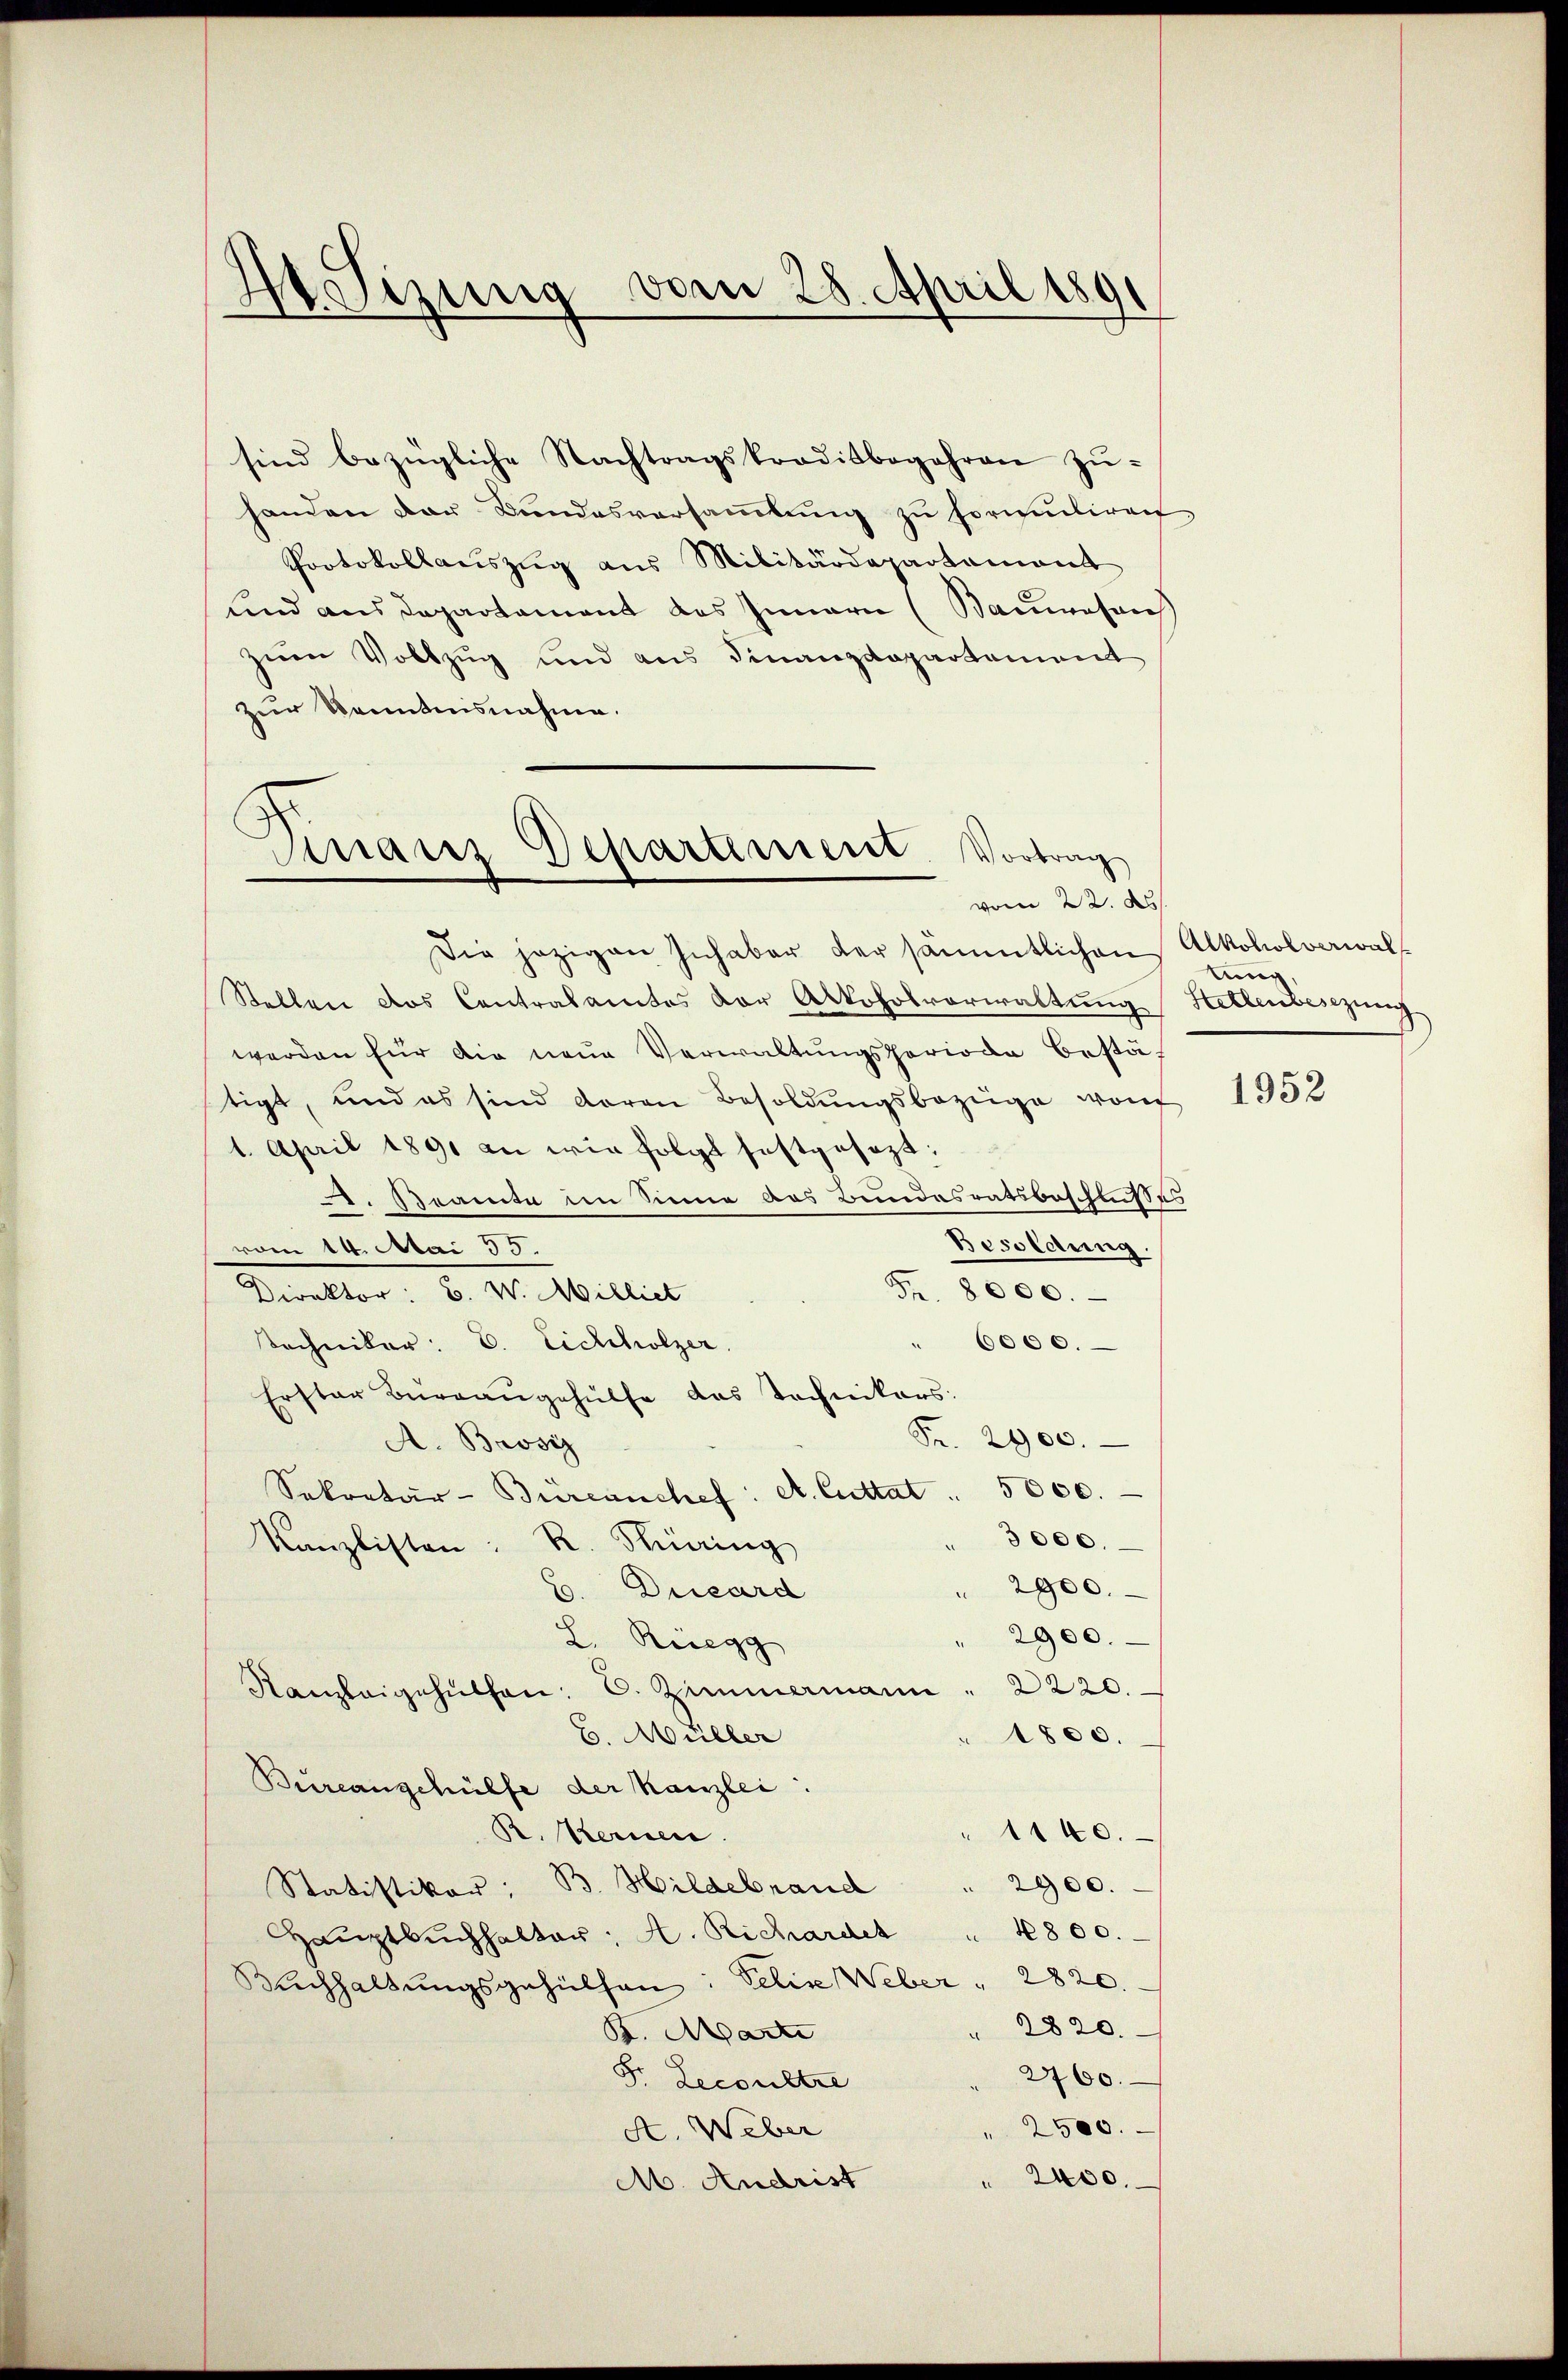
A. Sizung vom 28. April 1891

sind bezügliche Nachtragskraditbegehren zŭ-
handen der Bundesversaṁlŭng zu formuliren
Protokollauszug aus Militärdepartement
und aus Departament des Innern (Baumesaus
zŭm Vollzug und aus Finanzdepartement
zur Kenntnisnahme.

Sinair Departement. Vortrag
vom 22. d

Die jezigen Inhaber der sämmtlichen Alkoholverwal¬
Stellen das Contralamtes vor Alkoholverwaltung Hellenbesizung
werden für die neue Verwaltungsperiode bestäf
tigt, und es sind daran Besoldŭngsbezüge von
1. April 1891 an wie folgt festgesezt:
2. Beamte im Sinne aus Bundesratsbeschlußes
Besoldung.
vom 14. Mai 55
Be
2000.
Gewalten, d. M. Wille
6000. –
techniker: C. Eichholzer.
Erster Büreaŭgehülfe das Tochnikers:
5.
2000.
A. Brosiz
Sekretär-Büreanchef: A. Cuttat . 5000.
3000.
Kanzlisten: R. Hüring
 2900.
Ducard
" 2900.
L. Rüegg
Kanzleigehüthen: C. Zimmermann " 2220.
E. Müller
" 1800.
Bureangehülfe der Kanzlei:
B. Kernen.
1140.
Hildebrand " 2900.
Statistiker,
Haŭptbŭchhalter: A. Richardch " 4800.
Buchhaltungsgehülfen: Felix Weber  "  2820.
 2820.
B. Marti
2760.
Fr. Reconstre
" 2500.
A. Weber
" 2400.
M. Andrist

lung

1952